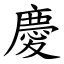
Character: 慶